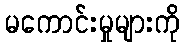
မကောင်းမှုများကို